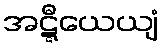
အဋ္ဋီယေယျံ